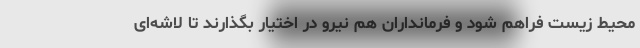
محیط زیست فراهم شود و فرمانداران هم نیرو در اختیار بگذارند تا لاشه‌ای